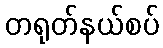
တရုတ်နယ်စပ်